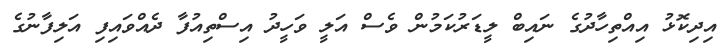
އިދިކޮޅު އިއްތިހާދުގެ ނައިބް ލީޑަރުކަމުން ވެސް އަލީ ވަހީދު އިސްތިއުފާ ދެއްވައިފި އަލިފާނުގެ